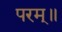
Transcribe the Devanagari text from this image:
परम्॥